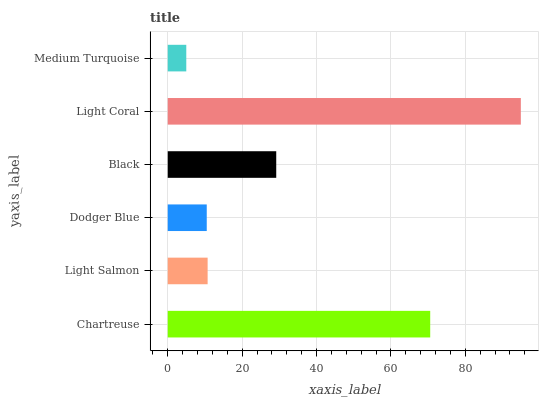
| yaxis_label | bars |
 | --- | --- |
 | Chartreuse | 70.6 |
 | Light Salmon | 10.7 |
 | Dodger Blue | 10.5 |
 | Black | 29.2 |
 | Light Coral | 94.9 |
 | Medium Turquoise | 4.99 |